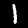
Label: 1